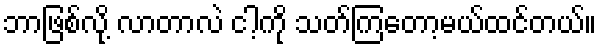
ဘာဖြစ်လို့ လာတာလဲ ငါ့ကို သတ်ကြတော့မယ်ထင်တယ်။